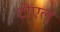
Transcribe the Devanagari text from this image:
टीएल